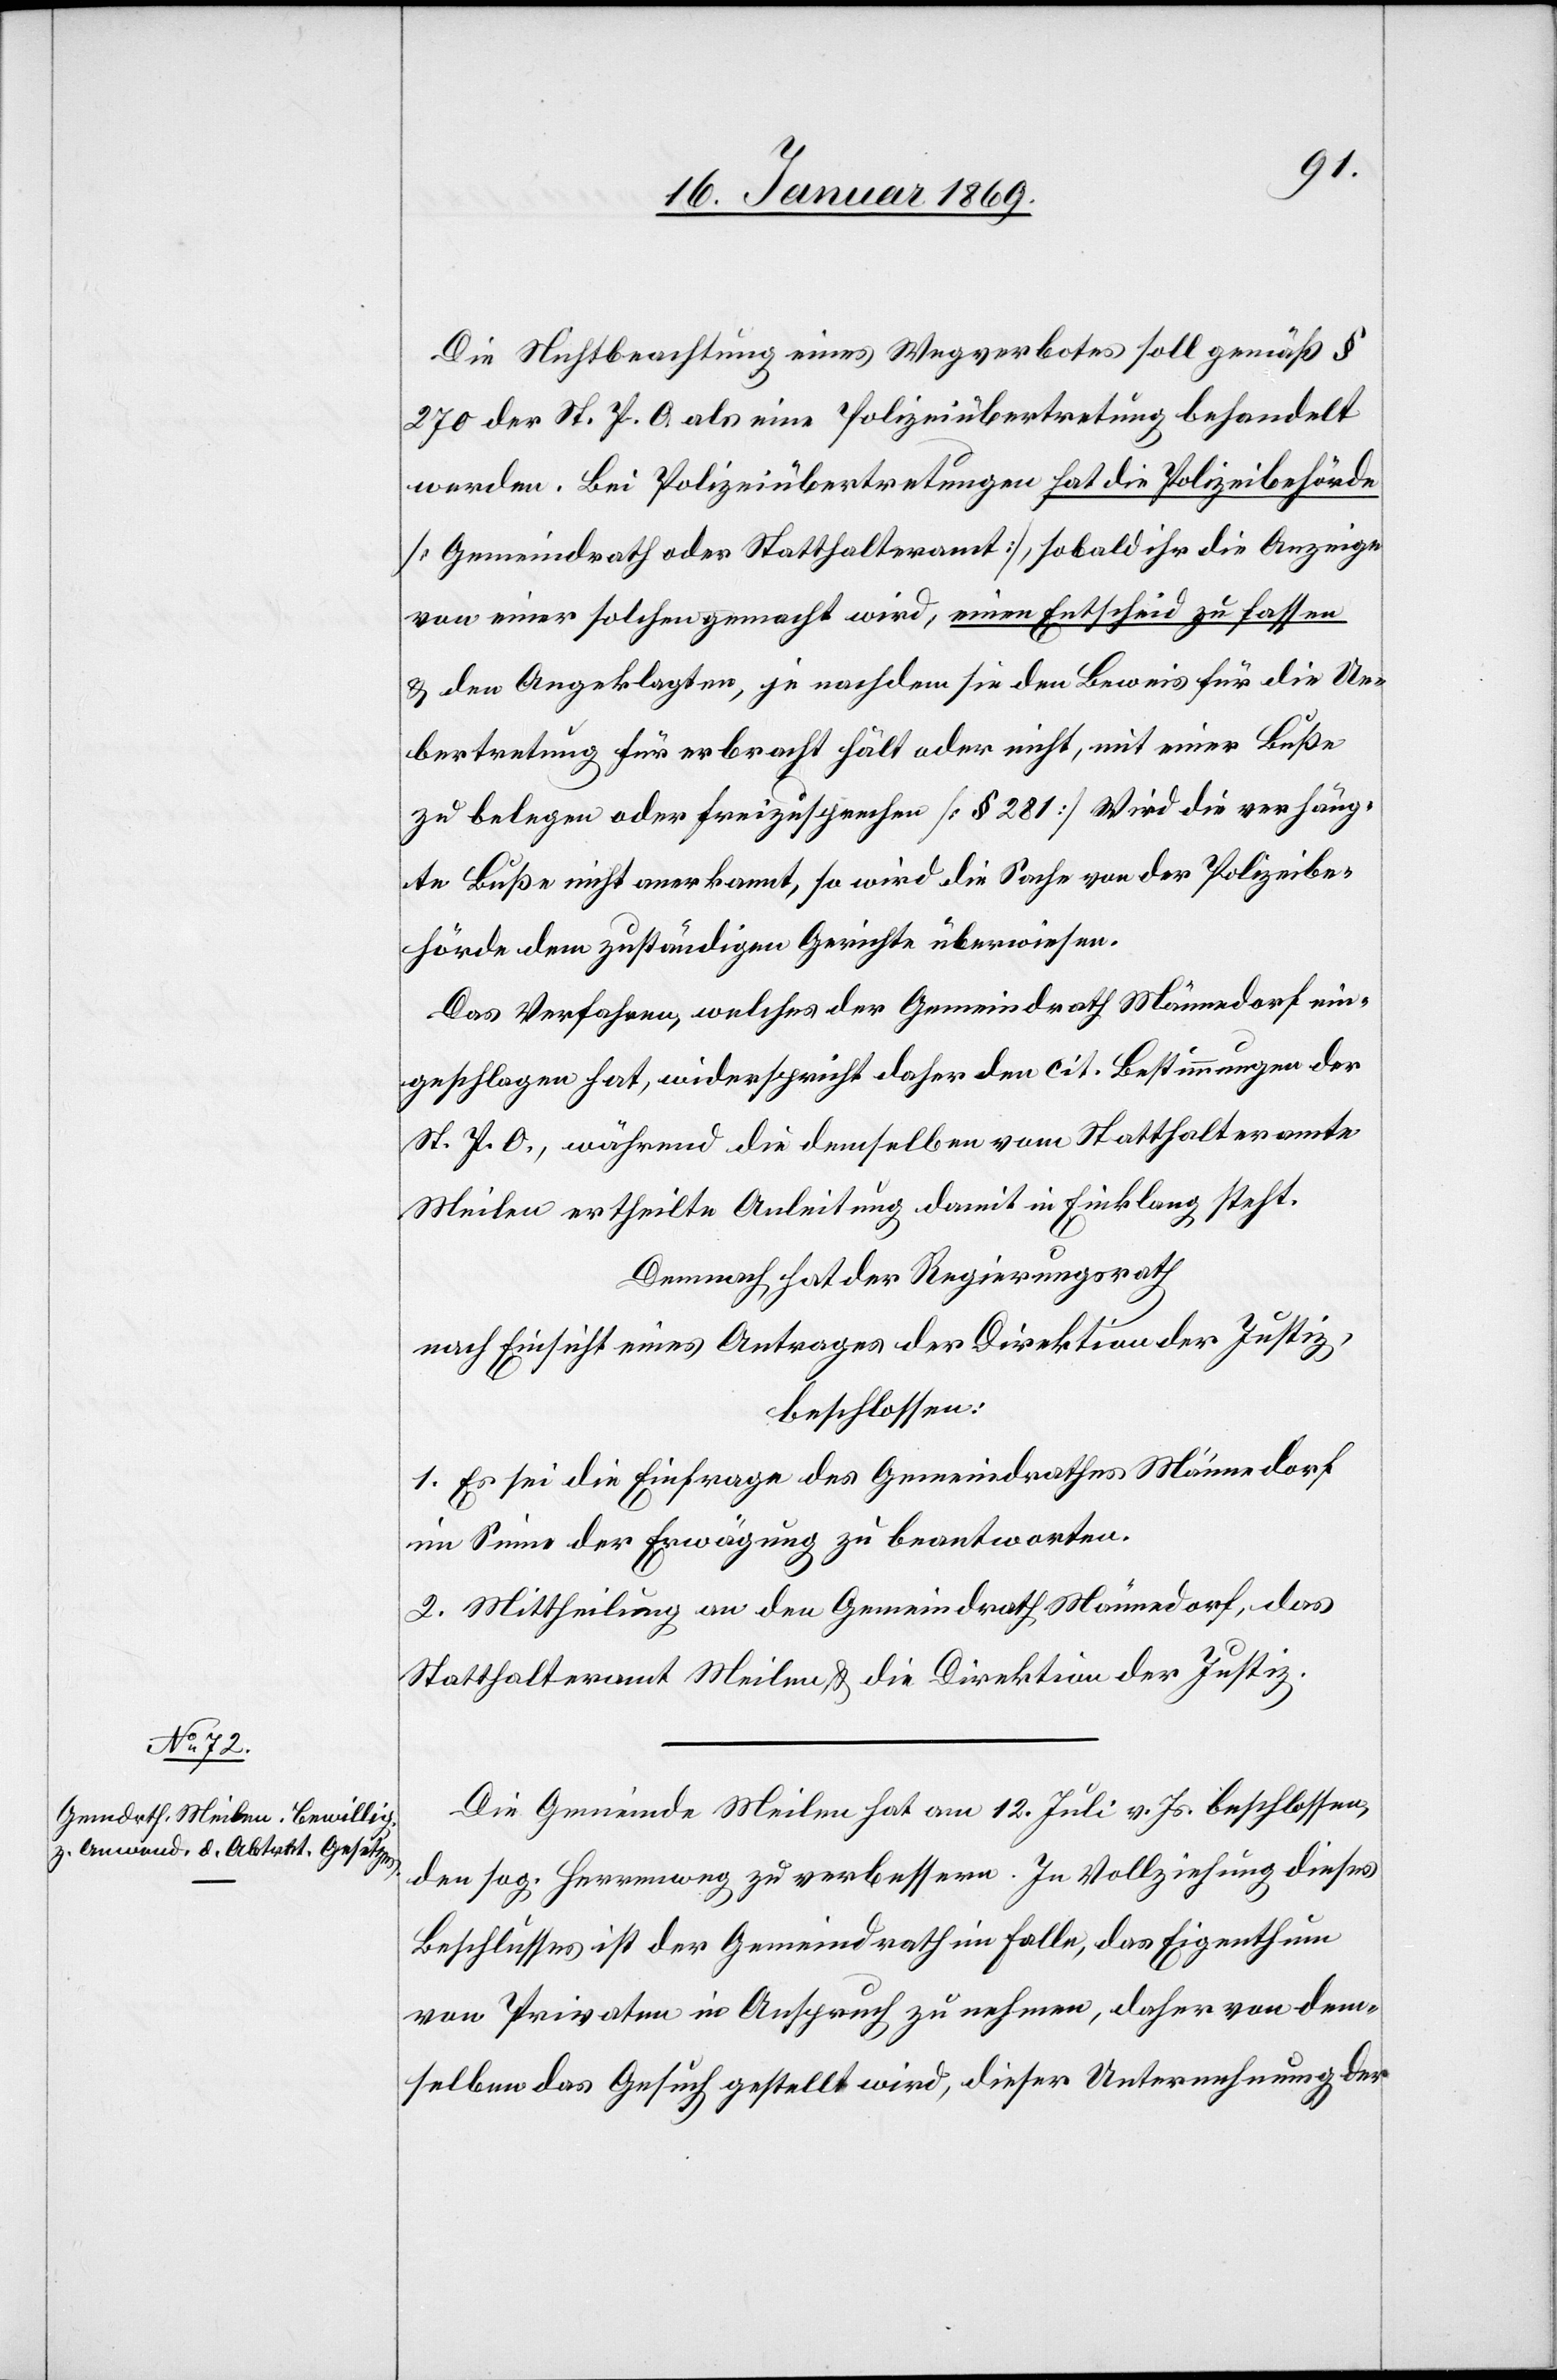
Die Nichtbeachtung eines Wegverbotes soll gemäß §
270 der St. P. O. als eine Polizeiübertretung behandelt
werden. Bei Polizeiübertretungen hat die Polizeibehörde
[Gemeindrath oder Statthalteramt] sobald ihr die Anzeige
von einer solchen gemacht wird, einen Entscheid zu fassen
u. den Angeklagten, je nachdem sie den Beweis für die Ue¬
bertretung für erbracht hält oder nicht, mit eine Buße
zu belegen oder freizusprechen [§ 281] Wird die verhäng¬
te Buße nicht anerkannt, so wird die Sache von der Polizeibe¬
hörde dem zuständigen Gerichte überwiesen.
Das Verfahren, welches der Gemeindrath Männedorf ein¬
geschlagen hat, widerspricht daher den cit. Bestimmungen der
St. P. O., während die demselben vom Statthalteramte
Demnach hat der Regierungsrath
nach Einsicht eines Antrages der Direktion der Justiz,
beschlossen:
1. Es sei die Einfrage des Gemeindrathes Männedorf
im Sinne der Erwägung zu beantworten.
2. Mittheilung an den Gemeindrath Männedorf, das
Statthalteramt Meilen u. die Direktion der Justiz.
Die Gemeinde Meilen hat am 12. Juli v. Js. beschlossen,
den sog. Herrenweg zu verbessern. In Vollziehung dieses
Beschlusses ist der Gemeindrath im Falle, das Eigenthum
von Privaten in Anspruch zu nehmen, daher von dem¬
selben das Gesuch gestellt wird, dieser Unternehmung der